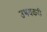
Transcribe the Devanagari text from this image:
उभयकरी